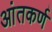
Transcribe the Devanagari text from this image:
आंतकर्ण